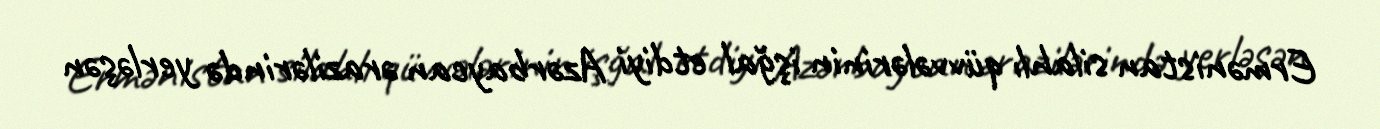
Ermənistan silahlı qüvvələrinin işğal etdiyi Azərbaycan ərazilərində yerləşən